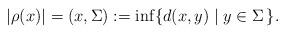
LaTeX: \begin{align*}|\rho(x)|= (x,\Sigma) := \inf\{ d(x,y) \mid y\in \Sigma \,\}.\end{align*}